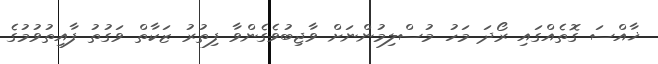
ޚާއްސަ ގޮތެއްގައި ރޯދަ މަހު މުސްލިމުންނަށް ވާޖިބުވެގެންވާ ފިތުރު ޒަކާތް ވަގުތު ފާއިތުވުމުގެ